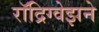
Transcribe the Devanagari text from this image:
रॉद्रिग्वेझने